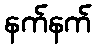
နက်နက်